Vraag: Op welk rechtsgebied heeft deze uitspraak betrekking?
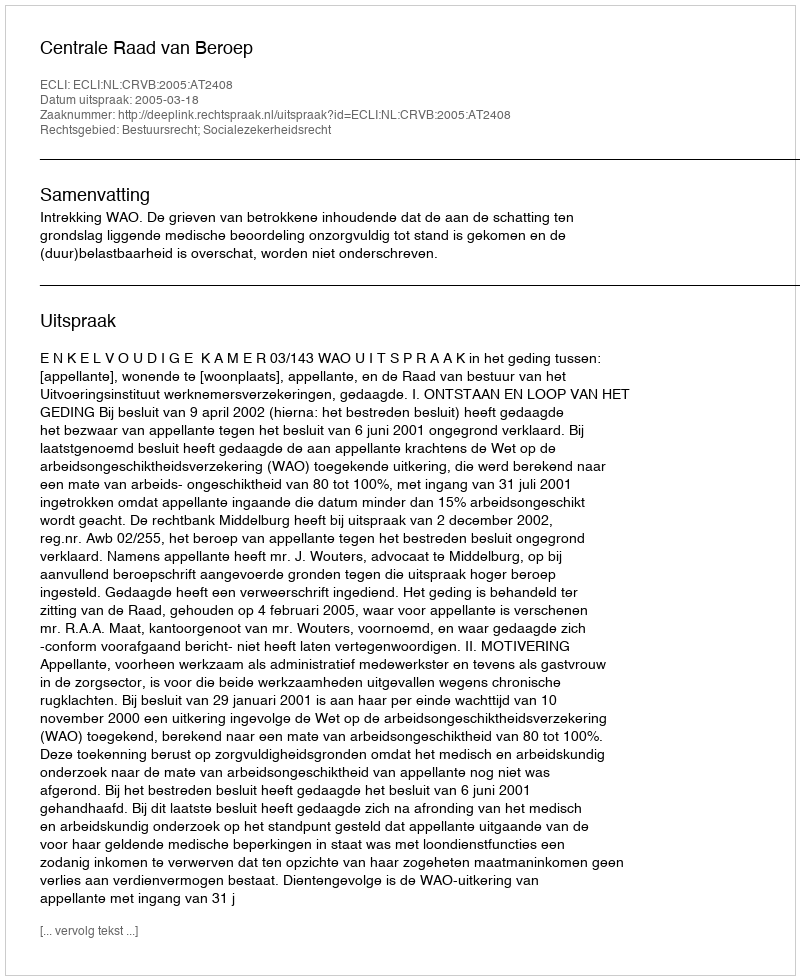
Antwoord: Bestuursrecht; Socialezekerheidsrecht